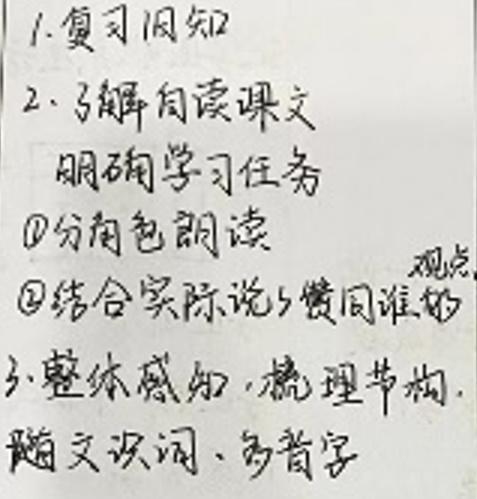
1. 复习旧知

2. 了解阅读课文

明确学习任务

\textcircled{1}分角色朗读

\textcircled{2}结合实际说说赞同谁的

观点

3. 整体感知，梳理结构，

随文识字，多音字